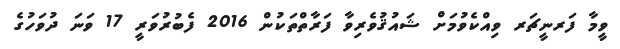
ވީމާ ފަރނީޗަރ ވިއްކެވުމަށް ޝައުޤުވެރިވާ ފަރާތްތަކުން 2016 ފެބުރުވަރީ 17 ވަނަ ދުވަހުގެ